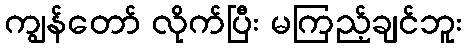
ကျွန်တော် လိုက်ပြီး မကြည့်ချင်ဘူး